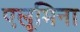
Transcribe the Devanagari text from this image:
एलूमिना